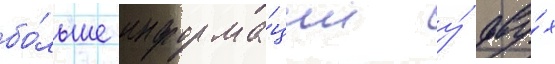
бо́льше информа́ции у́ дву́х